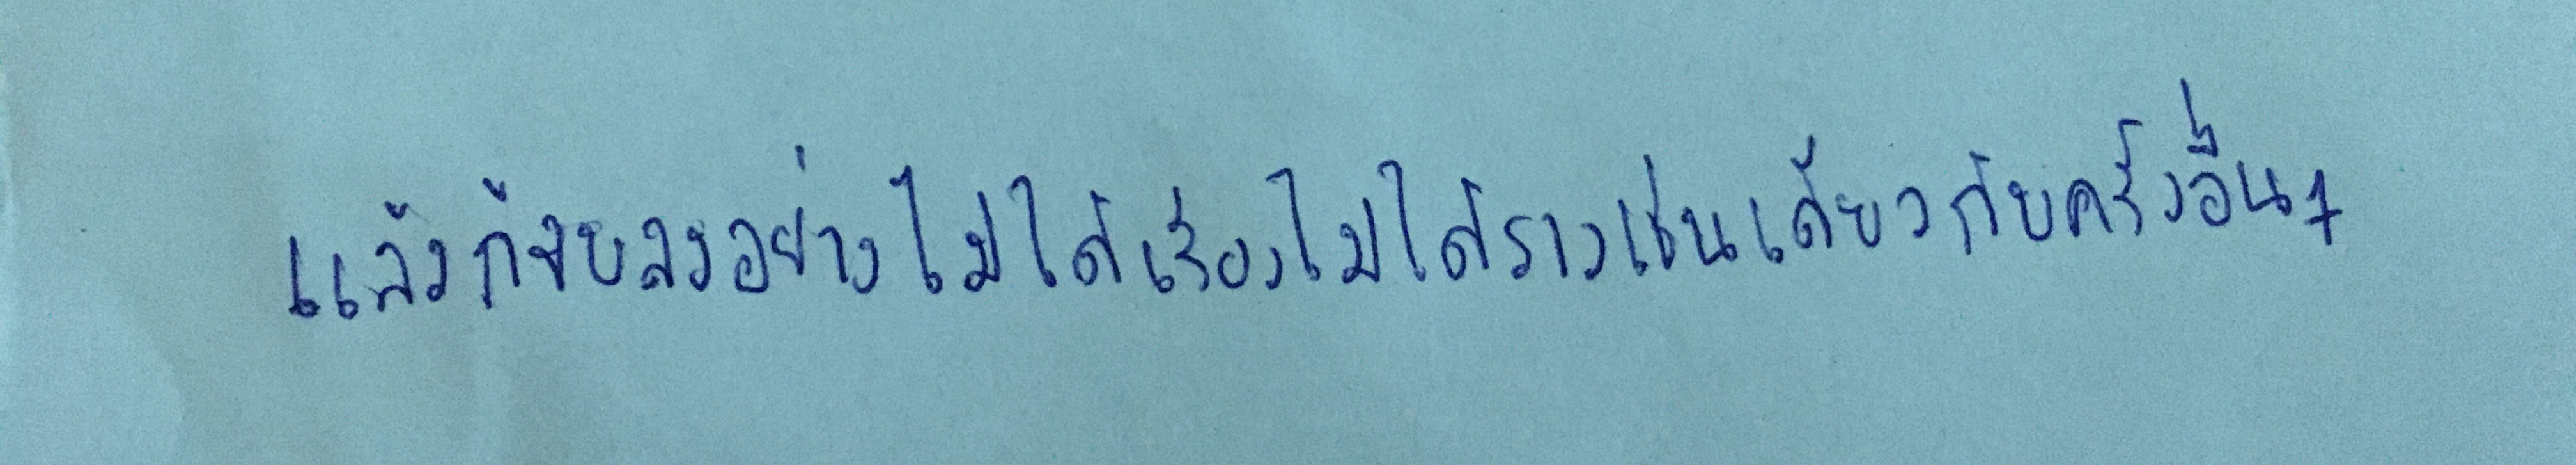
แล้วก็จบลงอย่างไม่ได้เรื่องไม่ได้ราวเช่นเดียวกับครั้งอื่นๆ